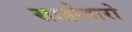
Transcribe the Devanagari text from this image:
साझेदारो